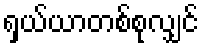
ရှယ်ယာတစ်စုလျှင်